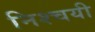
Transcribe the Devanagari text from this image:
निश्‍चयी